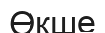
Өкше